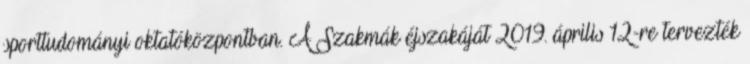
sporttudományi oktatóközpontban. A Szakmák éjszakáját 2019. április 12-re tervezték